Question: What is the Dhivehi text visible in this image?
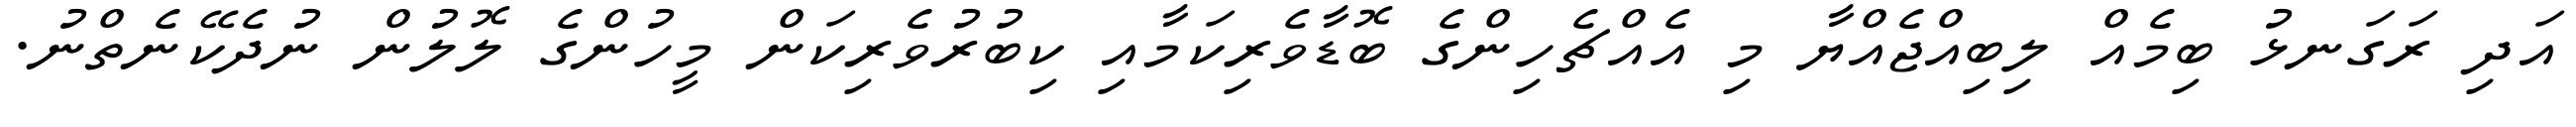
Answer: އަދި ރަގަނޅު ބިމެއް ލިބިއްޖެއްޔާ މި އެއްޗެހިންގެ ބޮޑާވެރިކަމާއި ކިބުރުވެރިކަން މީހުންގެ ލޮލުން ނުދެކޭނެތްނު.